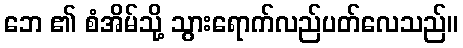
ဘေ ၏ စံအိမ်သို့ သွားရောက်လည်ပတ်လေသည်။